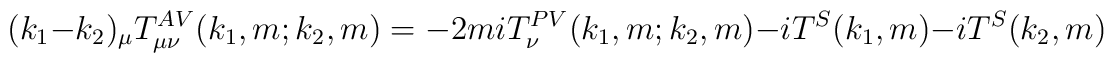
(k_1-k_2)_\mu T^{AV}_{\mu\nu} (k_1,m;k_2,m)=-2miT^{PV}_{\nu}(k_1,m;k_2,m)-iT^{S}(k_1,m)-iT^{S}(k_2,m)